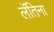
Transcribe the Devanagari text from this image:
लॅतिना